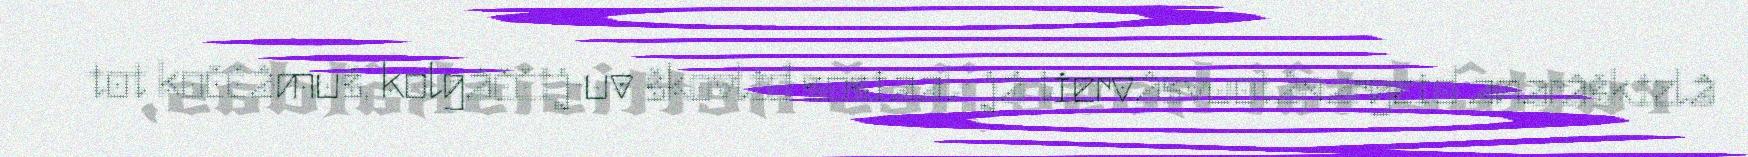
tot koččâmuš, kolgâččij-uv škovliđ sosiaal- já tiervâsvuotâpargeid anarâškielâ